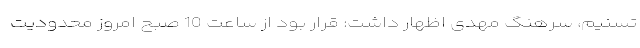
تسنیم، سرهنگ مهدی اظهار داشت:‌ قرار بود از ساعت 10 صبح امروز محدودیت